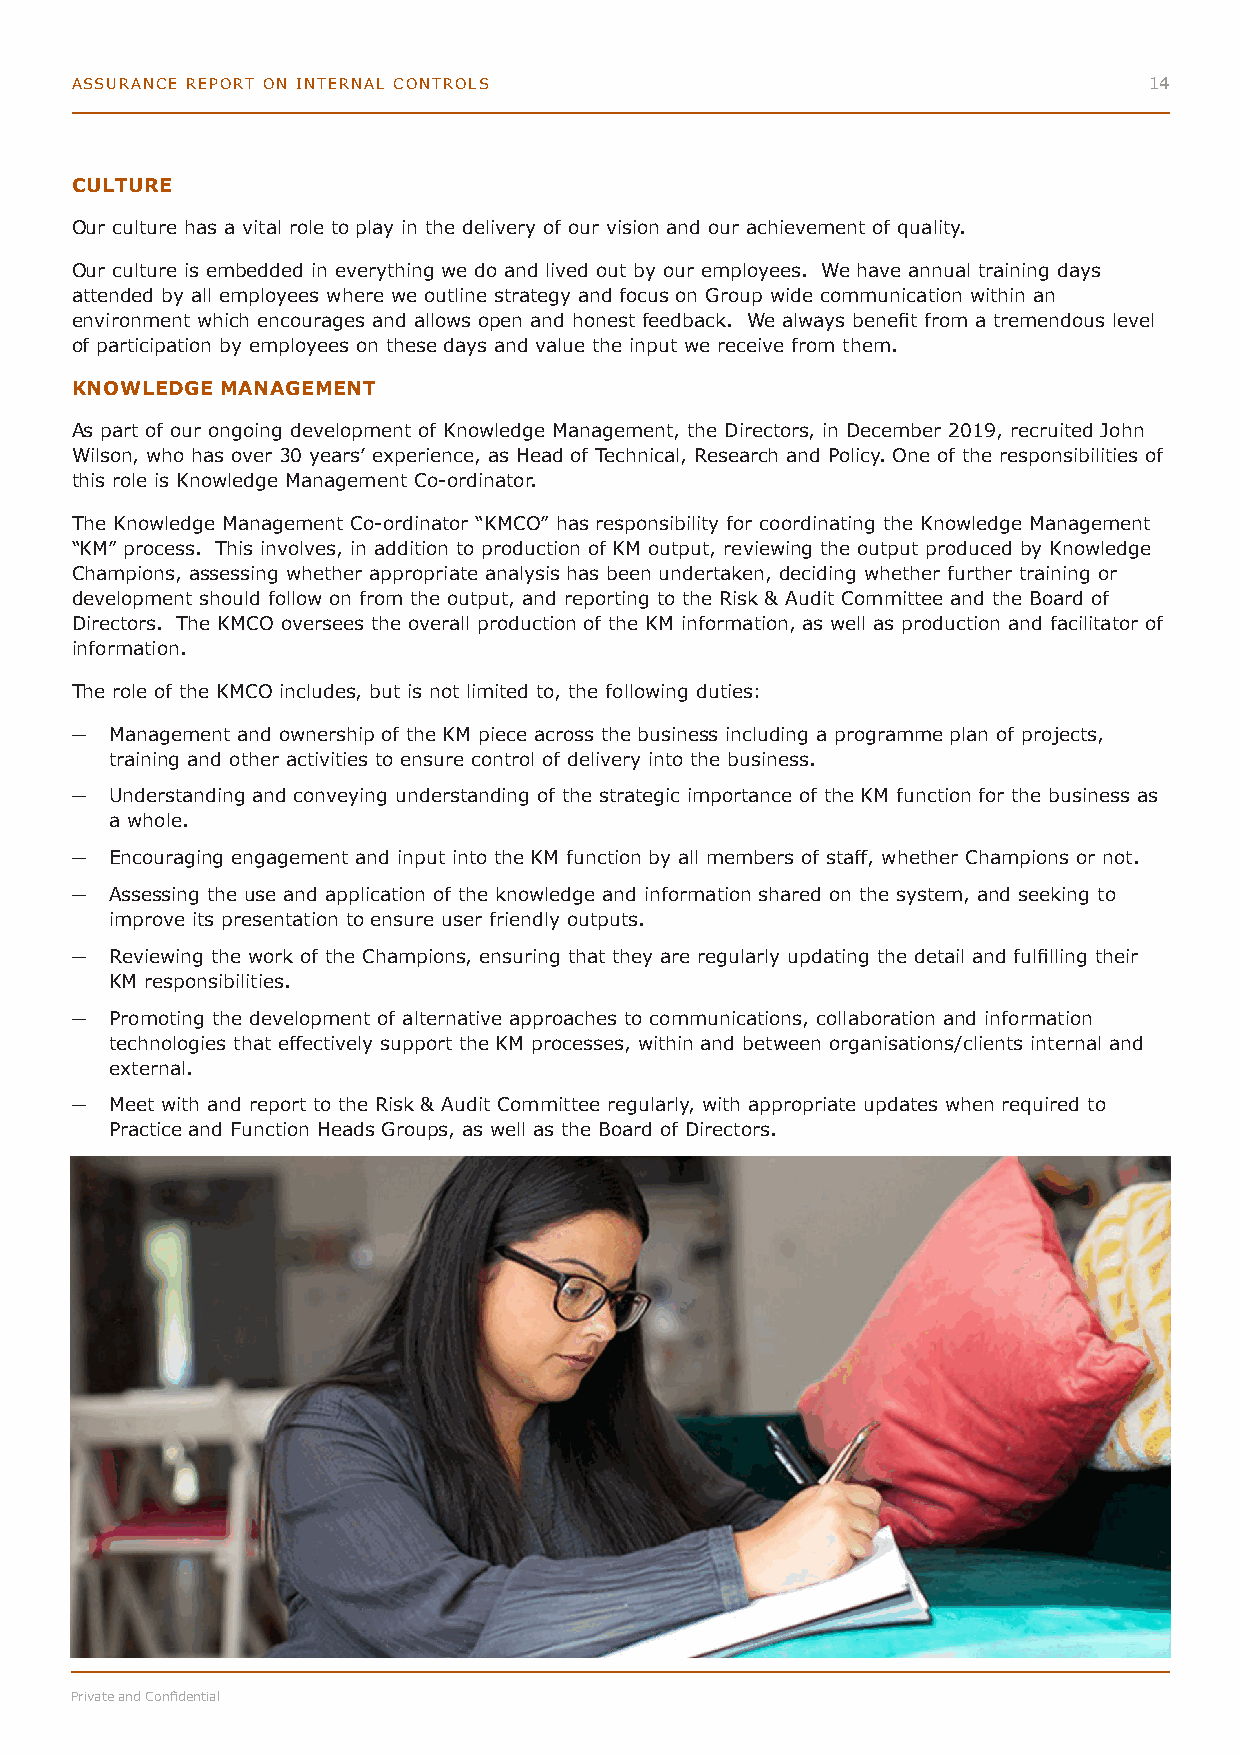
ASSURANCE REPORT ON INTERNAL CONTROLS                                  14
 CULTURE
 Our culture has a vital role to play in the delivery of our vision and our achievement of quality.
 Our culture is embedded in everything we do and lived out by our employees. We have annual training days
 attended by all employees where we outline strategy and focus on Group wide communication within an
 environment which encourages and allows open and honest feedback. We always benefit from a tremendous level
 of participation by employees on these days and value the input we receive from them.
 KNOWLEDGE MANAGEMENT
 As part of our ongoing development of Knowledge Management, the Directors, in December 2019, recruited John
 Wilson, who has over 30 years’ experience, as Head of Technical, Research and Policy. One of the responsibilities of
 this role is Knowledge Management Co-ordinator.
 The Knowledge Management Co-ordinator “KMCO” has responsibility for coordinating the Knowledge Management
 “KM” process. This involves, in addition to production of KM output, reviewing the output produced by Knowledge
 Champions, assessing whether appropriate analysis has been undertaken, deciding whether further training or
 development should follow on from the output, and reporting to the Risk & Audit Committee and the Board of
 Directors. The KMCO oversees the overall production of the KM information, as well as production and facilitator of
 information.
 The role of the KMCO includes, but is not limited to, the following duties:
 ─ Management and ownership of the KM piece across the business including a programme plan of projects,
 training and other activities to ensure control of delivery into the business.
 ─ Understanding and conveying understanding of the strategic importance of the KM function for the business as
 a whole.
 ─ Encouraging engagement and input into the KM function by all members of staff, whether Champions or not.
 ─ Assessing the use and application of the knowledge and information shared on the system, and seeking to
 improve its presentation to ensure user friendly outputs.
 ─ Reviewing the work of the Champions, ensuring that they are regularly updating the detail and fulfilling their
 KM responsibilities.
 ─ Promoting the development of alternative approaches to communications, collaboration and information
 technologies that effectively support the KM processes, within and between organisations/clients internal and
 external.
 ─ Meet with and report to the Risk & Audit Committee regularly, with appropriate updates when required to
 Practice and Function Heads Groups, as well as the Board of Directors.
 Private and Confidential